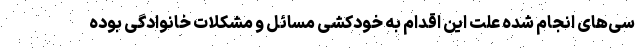
سی‌های انجام شده علت این اقدام به خودکشی مسائل و مشکلات خانوادگی بوده